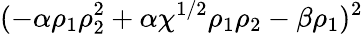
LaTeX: (-\alpha\rho_{1}\rho_{2}^{2}+\alpha\chi^{1/2}\rho_{1}\rho_{2}-\beta\rho_{1})^{2}